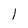
Character: l